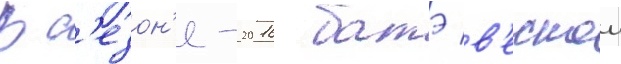
В с'езон'е-2016 батэ в'еснои